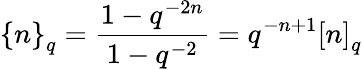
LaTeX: \left\{ n\right\} _{q}=\frac{1-q^{-2n}}{1-q^{-2}}=q^{-n+1}\left[n\right]_{q}